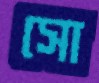
সো